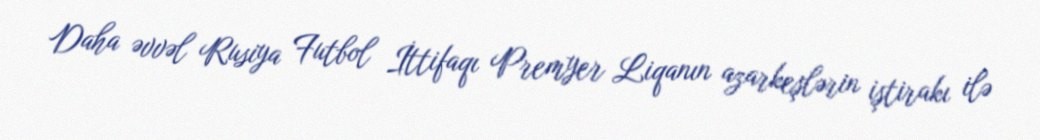
Daha əvvəl Rusiya Futbol İttifaqı Premyer Liqanın azarkeşlərin iştirakı ilə